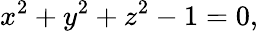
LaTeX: x^{2}+y^{2}+z^{2}-1=0,